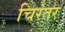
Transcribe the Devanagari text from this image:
चिरंतर